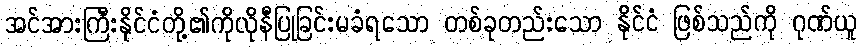
အင်အားကြီးနိုင်ငံတို့၏ကိုလိုနီပြုခြင်းမခံရသော တစ်ခုတည်းသော နိုင်ငံ ဖြစ်သည်ကို ဂုဏ်ယူ